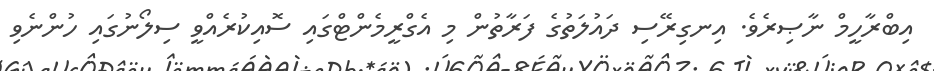
އިބްރާހީމް ނާޞިރެވެ. އިނގިރޭސި ދައުލަތުގެ ފަރާތުން މި އެގްރީމެންޓްގައި ސޮއިކުރެއްވީ ސިލޯނުގައި ހުންނެވި